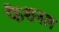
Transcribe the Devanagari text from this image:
फेशनल